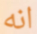
انه